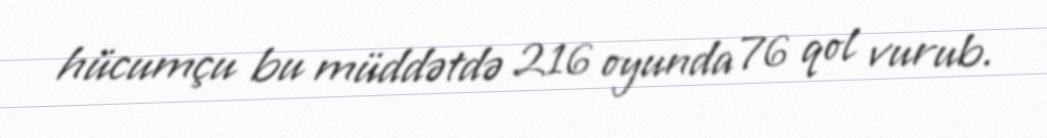
hücumçu bu müddətdə 216 oyunda 76 qol vurub.